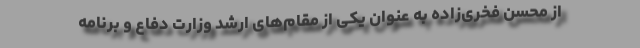
از محسن فخری‌زاده به عنوان یکی از مقام‌های ارشد وزارت دفاع و برنامه